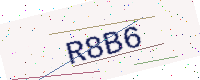
Text: R8B6